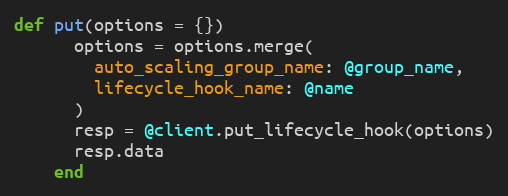
Language: Ruby
def put(options = {})
      options = options.merge(
        auto_scaling_group_name: @group_name,
        lifecycle_hook_name: @name
      )
      resp = @client.put_lifecycle_hook(options)
      resp.data
    end